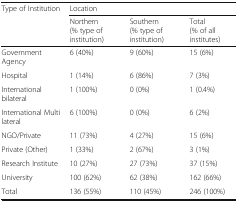
| Type of Institution | <COLSPAN=3> Location |
 |  | Northern(% type of institution) | Southern(% type of institution) | Total(% of all institutes) |
 | --- | --- | --- | --- |
 | Government Agency | 6 (40%) | 9 (60%) | 15 (6%) |
 | Hospital | 1 (14%) | 6 (86%) | 7 (3%) |
 | International bilateral | 1 (100%) | 0 (0%) | 1 (0.4%) |
 | International Multi lateral | 6 (100%) | 0 (0%) | 6 (2%) |
 | NGO/Private | 11 (73%) | 4 (27%) | 15 (6%) |
 | Private (Other) | 1 (33%) | 2 (67%) | 3 (1%) |
 | Research Institute | 10 (27%) | 27 (73%) | 37 (15%) |
 | University | 100 (62%) | 62 (38%) | 162 (66%) |
 | Total | 136 (55%) | 110 (45%) | 246 (100%) |